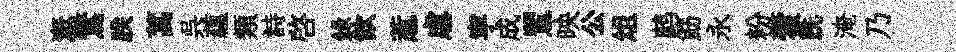
溉鶩朕蒿呉藴類詩啓錄飮惹虐寜成鸎映公俎鹧筯永粉藿跣淹乃